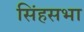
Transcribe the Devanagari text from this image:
सिंहसभा